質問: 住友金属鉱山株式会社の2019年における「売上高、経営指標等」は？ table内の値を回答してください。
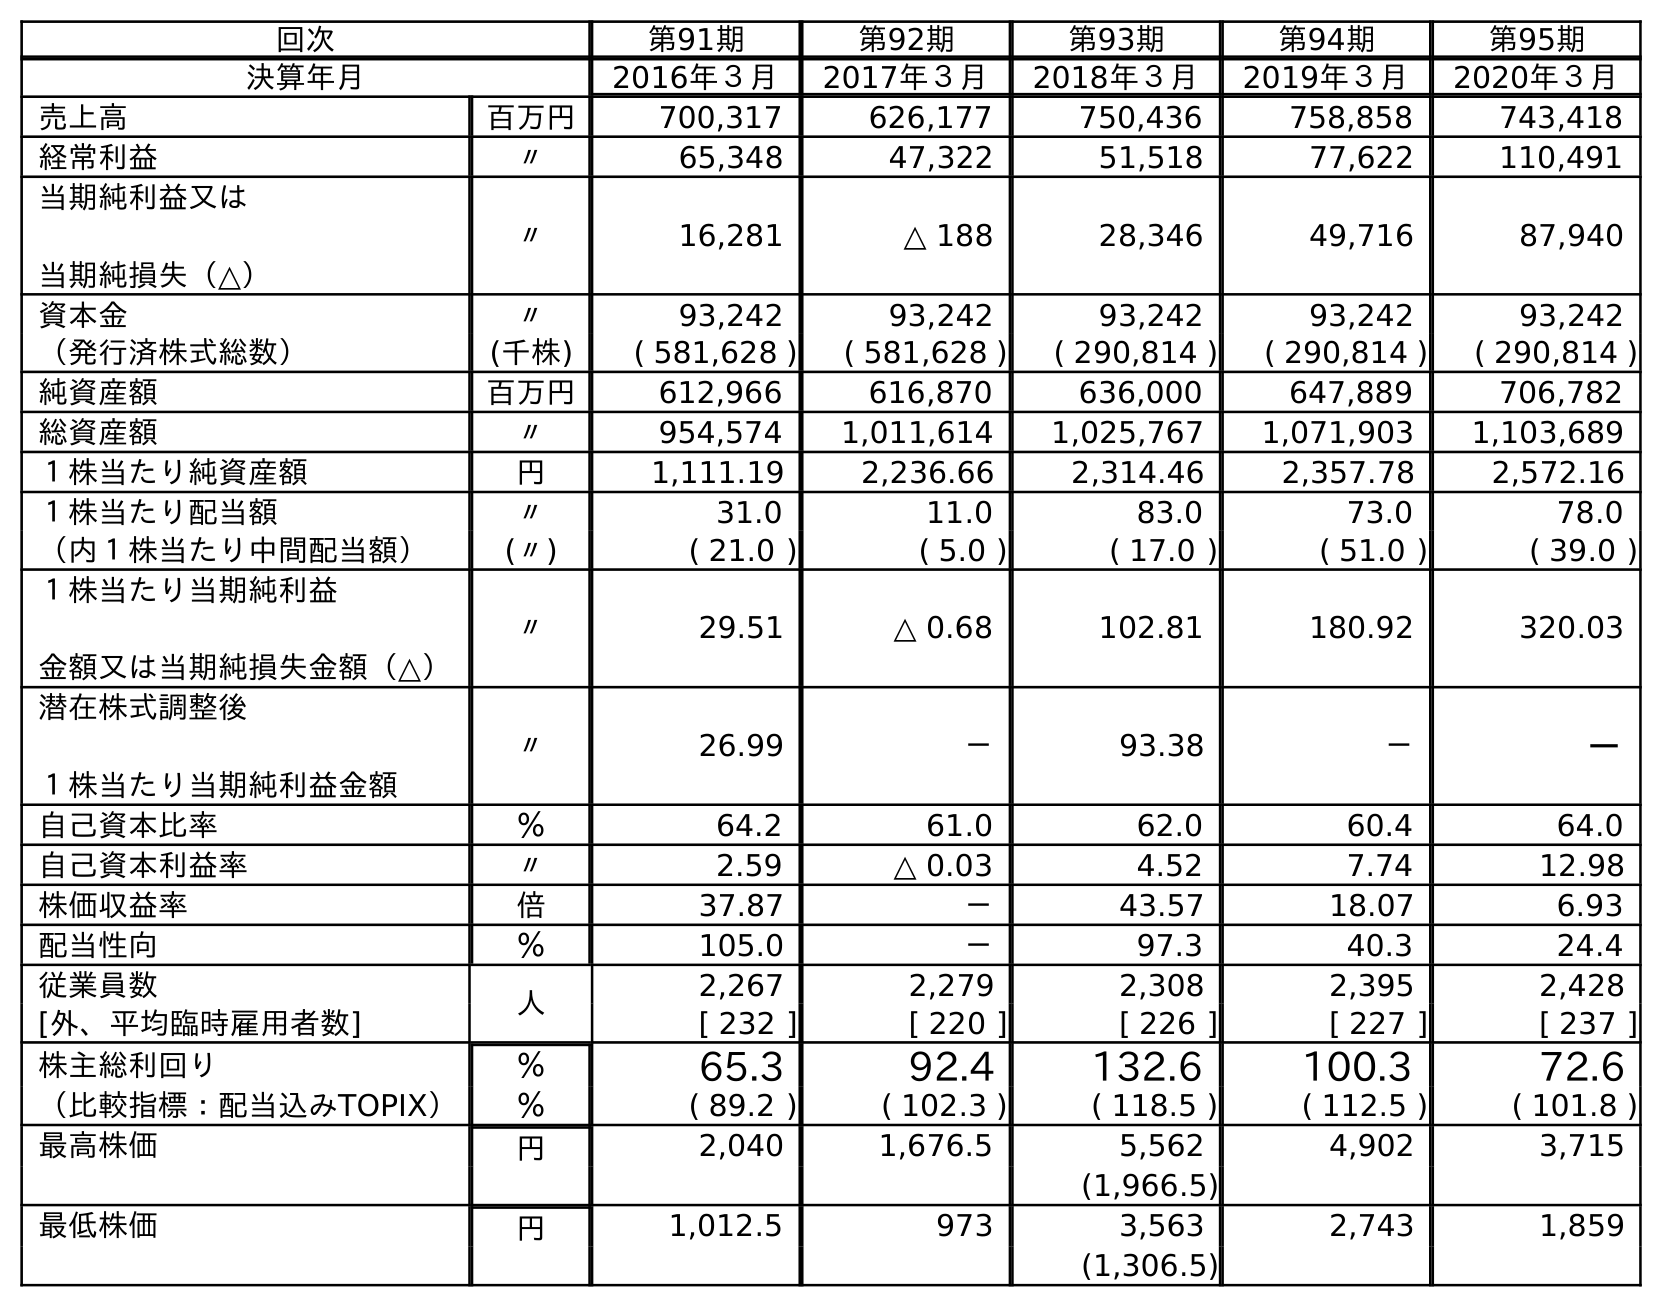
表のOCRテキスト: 回次 第91期 第92期 第93期 第94期 第95期 決算年月 2016年３月 2017年３月 2018年３月 2019年３月 2020年３月 売上高 百万円 700,317 626,177 750,436 758,858 743,418 経常利益 〃 65,348 47,322 51,518 77,622 110,491 当期純利益又は 当期純損失（△） 〃 16,281 △ 188 28,346 49,716 87,940 資本金 〃 93,242 93,242 93,242 93,242 93,242 （発行済株式総数） (千株) ( 581,628 ) ( 581,628 ) ( 290,814 ) ( 290,814 ) ( 290,814 ) 純資産額 百万円 612,966 616,870 636,000 647,889 706,782 総資産額 〃 954,574 1,011,614 1,025,767 1,071,903 1,103,689 １株当たり純資産額 円 1,111.19 2,236.66 2,314.46 2,357.78 2,572.16 １株当たり配当額 〃 31.0 11.0 83.0 73.0 78.0 （内１株当たり中間配当額） (〃) ( 21.0 ) ( 5.0 ) ( 17.0 ) ( 51.0 ) ( 39.0 ) １株当たり当期純利益 金額又は当期純損失金額（△） 〃 29.51 △ 0.68 102.81 180.92 320.03 潜在株式調整後 １株当たり当期純利益金額 〃 26.99 － 93.38 － － 自己資本比率 ％ 64.2 61.0 62.0 60.4 64.0 自己資本利益率 〃 2.59 △ 0.03 4.52 7.74 12.98 株価収益率 倍 37.87 － 43.57 18.07 6.93 配当性向 ％ 105.0 － 97.3 40.3 24.4 従業員数 人 2,267 2,279 2,308 2,395 2,428 [外、平均臨時雇用者数] [ 232 ] [ 220 ] [ 226 ] [ 227 ] [ 237 ] 株主総利回り ％ 65.3 92.4 132.6 100.3 72.6 （比較指標：配当込みTOPIX） ％ ( 89.2 ) ( 102.3 ) ( 118.5 ) ( 112.5 ) ( 101.8 ) 最高株価 円 2,040 1,676.5 5,562 4,902 3,715 (1,966.5) 最低株価 円 1,012.5 973 3,563 2,743 1,859 (1,306.5)
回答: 758,858